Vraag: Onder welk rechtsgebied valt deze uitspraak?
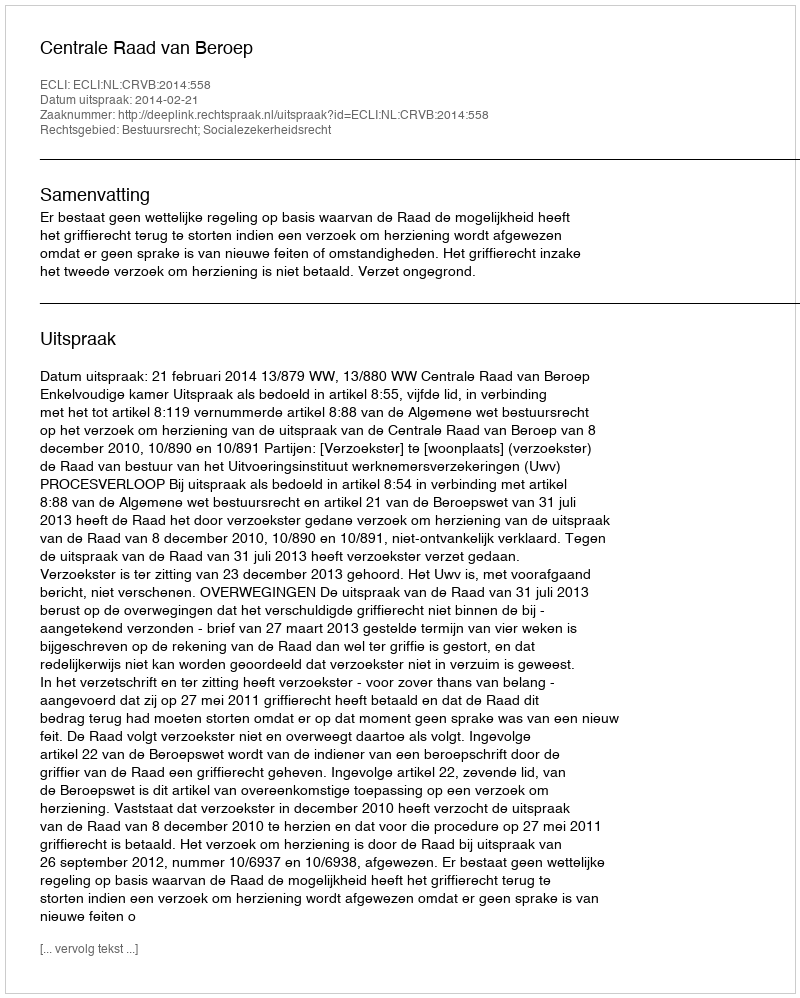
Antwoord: Bestuursrecht; Socialezekerheidsrecht